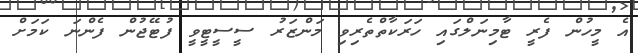
އެ މީހުން ފެރީ ޓާމިނަލްގައި ހަރަކާތްތެރިވި މަންޒަރު ސީސީޓީވީ ފުޓޭޖުން ފެންނަ ކަމަށް